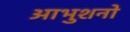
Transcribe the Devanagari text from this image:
आभुशनो